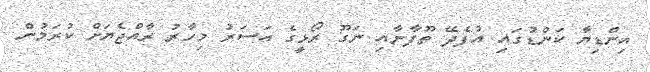
އިންޑިޔާ ކަންޑުގައި އުފެދޭ ތޫފާނާއި ނަގޫ ރޯޅީގެ އަސަރު މިހާރު ރާއްޖެޔަށް ކުރަމުން